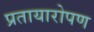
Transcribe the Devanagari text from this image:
प्रतायारोपण